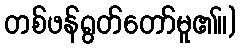
တစ်ဖန်ရွတ်တော်မူ၏။)